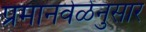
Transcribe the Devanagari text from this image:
प्रमानवेळेनुसार